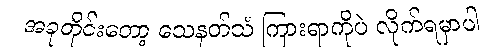
အခုတိုင်းတော့ သေနတ်သံ ကြားရာကိုပဲ လိုက်ရမှာပါ